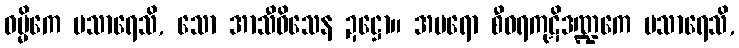
ဝမ္မိကေ ပသာရေသိ, သော အာသီဝိသေန ဍဋ္ဌော။ အပရော စီဝရကုဋိဒဏ္ဍကေ ပသာရေသိ,